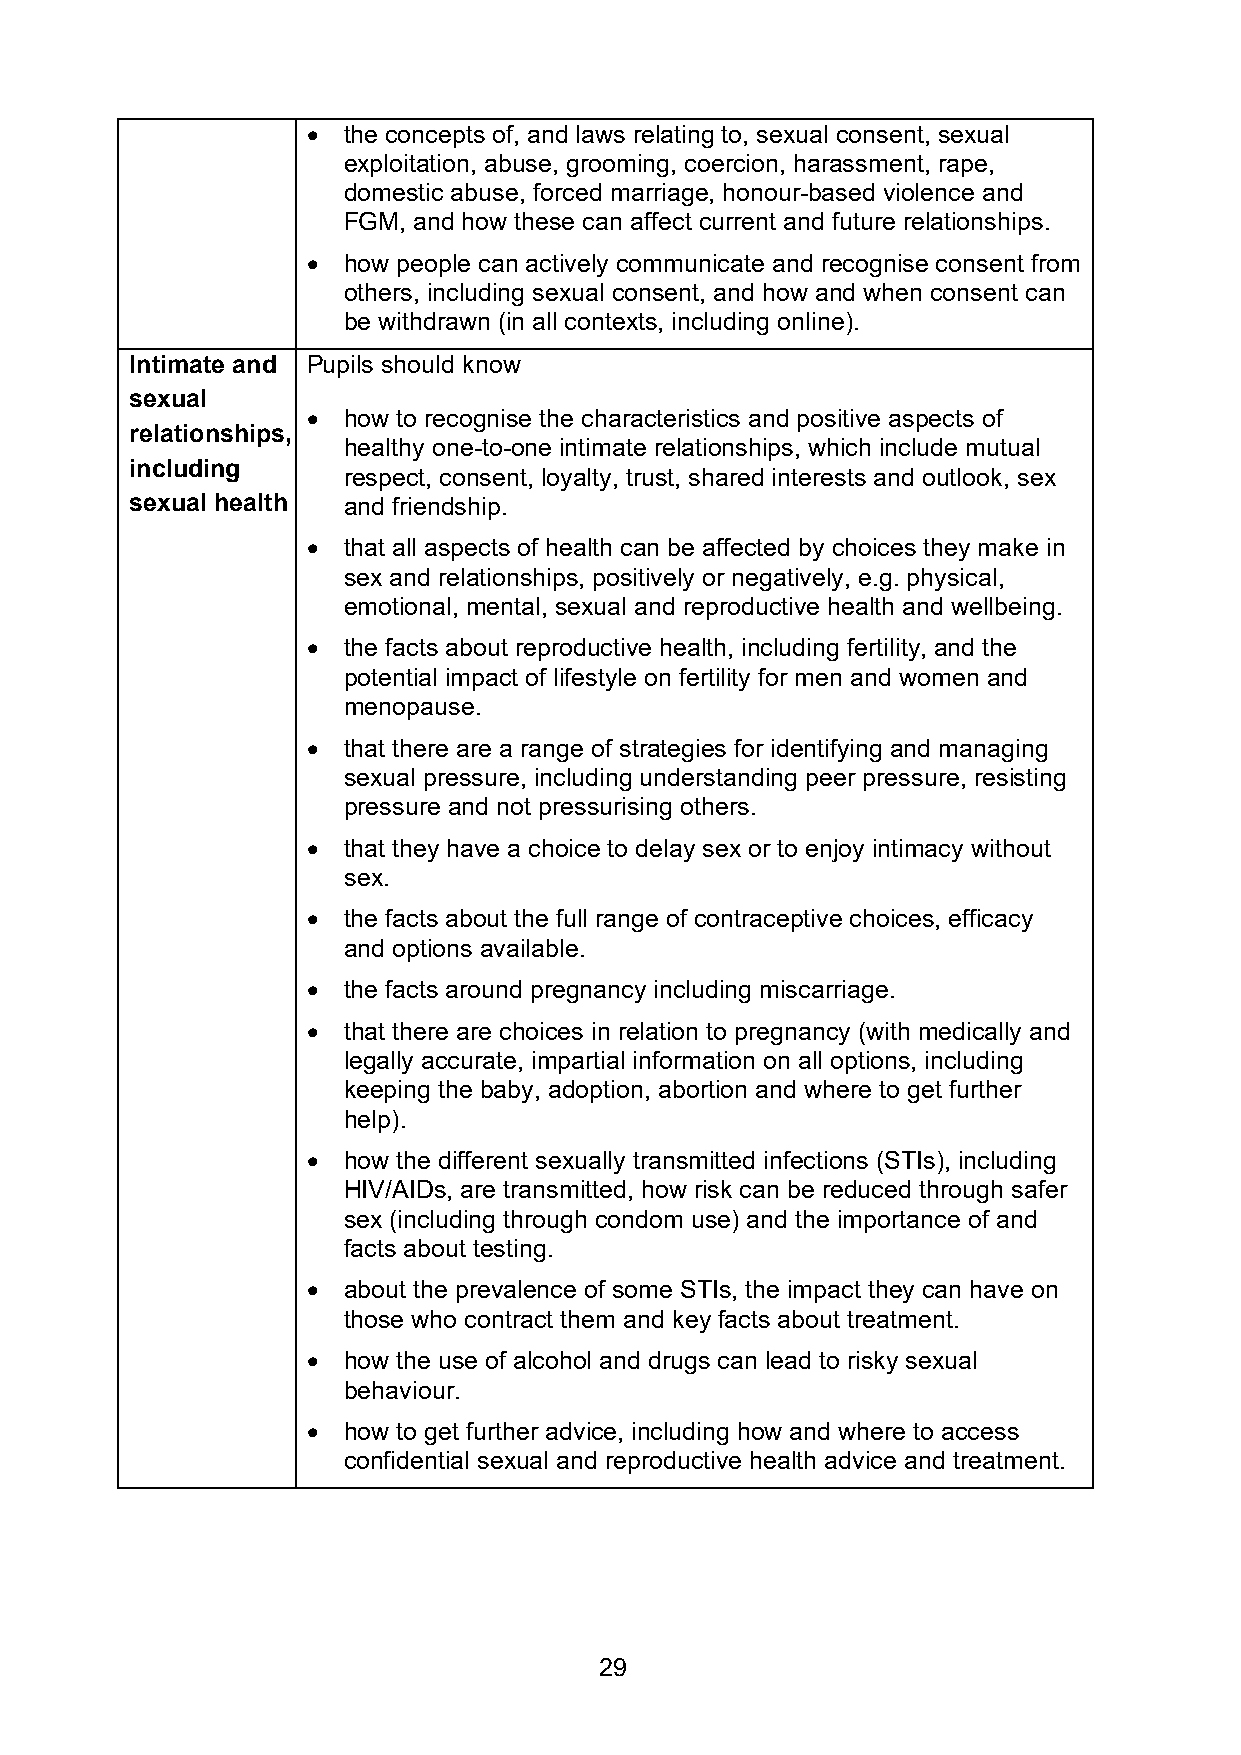
•  the concepts of, and laws relating to, sexual consent, sexual
 exploitation, abuse, grooming, coercion, harassment, rape,
 domestic abuse, forced marriage, honour-based violence and
 FGM, and how these can affect current and future relationships.
 •  how people can actively communicate and recognise consent from
 others, including sexual consent, and how and when consent can
 be withdrawn (in all contexts, including online).
 Intimate and Pupils should know
 sexual
 •  how to recognise the characteristics and positive aspects of
 relationships,
 healthy one-to-one intimate relationships, which include mutual
 including
 respect, consent, loyalty, trust, shared interests and outlook, sex
 sexual health and friendship.
 •  that all aspects of health can be affected by choices they make in
 sex and relationships, positively or negatively, e.g. physical,
 emotional, mental, sexual and reproductive health and wellbeing.
 •  the facts about reproductive health, including fertility, and the
 potential impact of lifestyle on fertility for men and women and
 menopause.
 •  that there are a range of strategies for identifying and managing
 sexual pressure, including understanding peer pressure, resisting
 pressure and not pressurising others.
 •  that they have a choice to delay sex or to enjoy intimacy without
 sex.
 •  the facts about the full range of contraceptive choices, efficacy
 and options available.
 •  the facts around pregnancy including miscarriage.
 •  that there are choices in relation to pregnancy (with medically and
 legally accurate, impartial information on all options, including
 keeping the baby, adoption, abortion and where to get further
 help).
 •  how the different sexually transmitted infections (STIs), including
 HIV/AIDs, are transmitted, how risk can be reduced through safer
 sex (including through condom use) and the importance of and
 facts about testing.
 •  about the prevalence of some STIs, the impact they can have on
 those who contract them and key facts about treatment.
 •  how the use of alcohol and drugs can lead to risky sexual
 behaviour.
 •  how to get further advice, including how and where to access
 confidential sexual and reproductive health advice and treatment.
 29